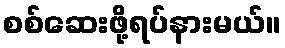
စစ်ဆေးဖို့ရပ်နားမယ်။